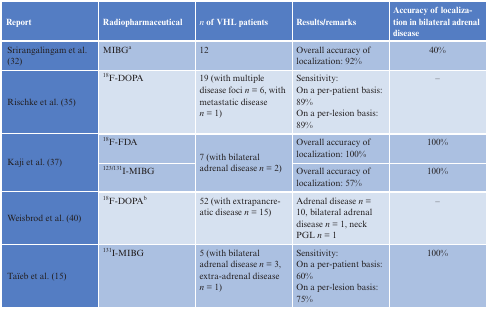
<table><thead><tr><td><b>Report</b></td><td><b>Radiopharmaceutical</b></td><td><b><i>n</i> of VHL patients</b></td><td><b>Results/remarks</b></td><td><b>Accuracy of localization in bilateral adrenal disease</b></td></tr></thead><tbody><tr><td>Srirangalingam et al. (32)</td><td>MIBGa</td><td>12</td><td>Overall accuracy of localization: 92%</td><td>40%</td></tr><tr><td>Rischke et al. (35)</td><td><sup>18</sup>F-DOPA</td><td>19 (with multiple disease foci <i>n</i> = 6, with metastatic disease <i>n</i> = 1)</td><td>Sensitivity: On a per-patient basis: 89%On a per-lesion basis: 89%</td><td>–</td></tr><tr><td rowspan="2">Kaji et al. (37)</td><td><sup>18</sup>F-FDA</td><td rowspan="2">7 (with bilateral adrenal disease <i>n</i> = 2)</td><td>Overall accuracy of localization: 100%</td><td>100%</td></tr><tr><td><sup>123/131</sup>I-MIBG</td><td>Overall accuracy of localization: 57%</td><td>100%</td></tr><tr><td>Weisbrod et al. (40)</td><td><sup>18</sup>F-DOPAb</td><td>52 (with extrapancreatic disease <i>n</i> = 15)</td><td>Adrenal disease <i>n</i> = 10, bilateral adrenal disease <i>n</i> = 1, neck PGL <i>n</i> = 1</td><td>–</td></tr><tr><td>Taïeb et al. (15)</td><td><sup>131</sup>I-MIBG</td><td>5 (with bilateral adrenal disease <i>n</i> = 3, extra-adrenal disease <i>n</i> = 1)</td><td>Sensitivity: On a per-patient basis: 60% On a per-lesion basis: 75%</td><td>100%</td></tr></tbody></table>